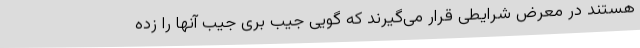
هستند در معرض شرایطی قرار می‌گیرند که گویی جیب بری جیب آنها را زده